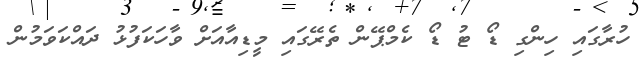
ހުރާގައި ހިންގި ޑޯ ޓު ޑޯ ކެމްޕޭން ތެރޭގައި މީޑިއާއަށް ވާހަކަފުޅު ދައްކަވަމުން